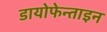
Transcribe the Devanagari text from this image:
डायोफेन्ताइन